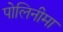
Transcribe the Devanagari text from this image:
पोलिनीमा